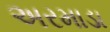
અરમાડા